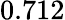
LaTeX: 0.712